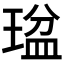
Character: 𤧒